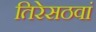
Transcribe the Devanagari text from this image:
तिरेसठवां